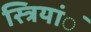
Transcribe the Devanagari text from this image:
स्त्रियांॅ